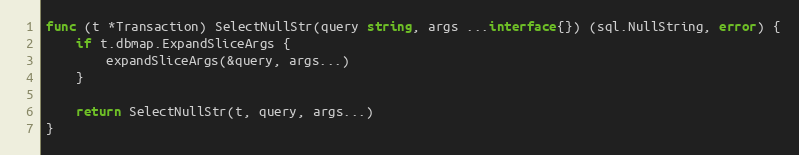
Language: Go
func (t *Transaction) SelectNullStr(query string, args ...interface{}) (sql.NullString, error) {
	if t.dbmap.ExpandSliceArgs {
		expandSliceArgs(&query, args...)
	}

	return SelectNullStr(t, query, args...)
}